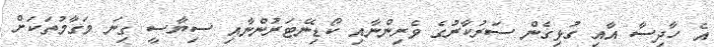
އެ ހާދިސާ އާއި ގުޅިގެން ސަރުކާރުގެ ވެރިންނާއި ކޯޑިނޭޓަރުންނާއި ސިޔާސީ ގިނަ މަގާމުތަކަށް